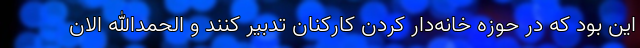
این بود که در حوزه خانه‌دار کردن کارکنان تدبیر کنند و الحمدالله الان